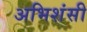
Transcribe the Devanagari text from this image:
अभिशंसी